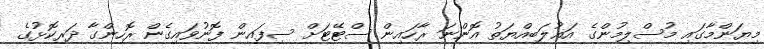
މިޔަންމާގައި މުސްލިމުންގެ އަޣުލަބިއްޔަތު އޮންނަ ރާހައިން ސްޓޭޓަށް ސިފައިން ފޮނުވައިގެން ރޮހިންގާ ދަރިކޮޅުގެ